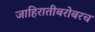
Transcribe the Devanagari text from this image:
जाहिरातीबरोबरच